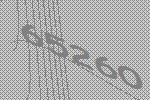
65260